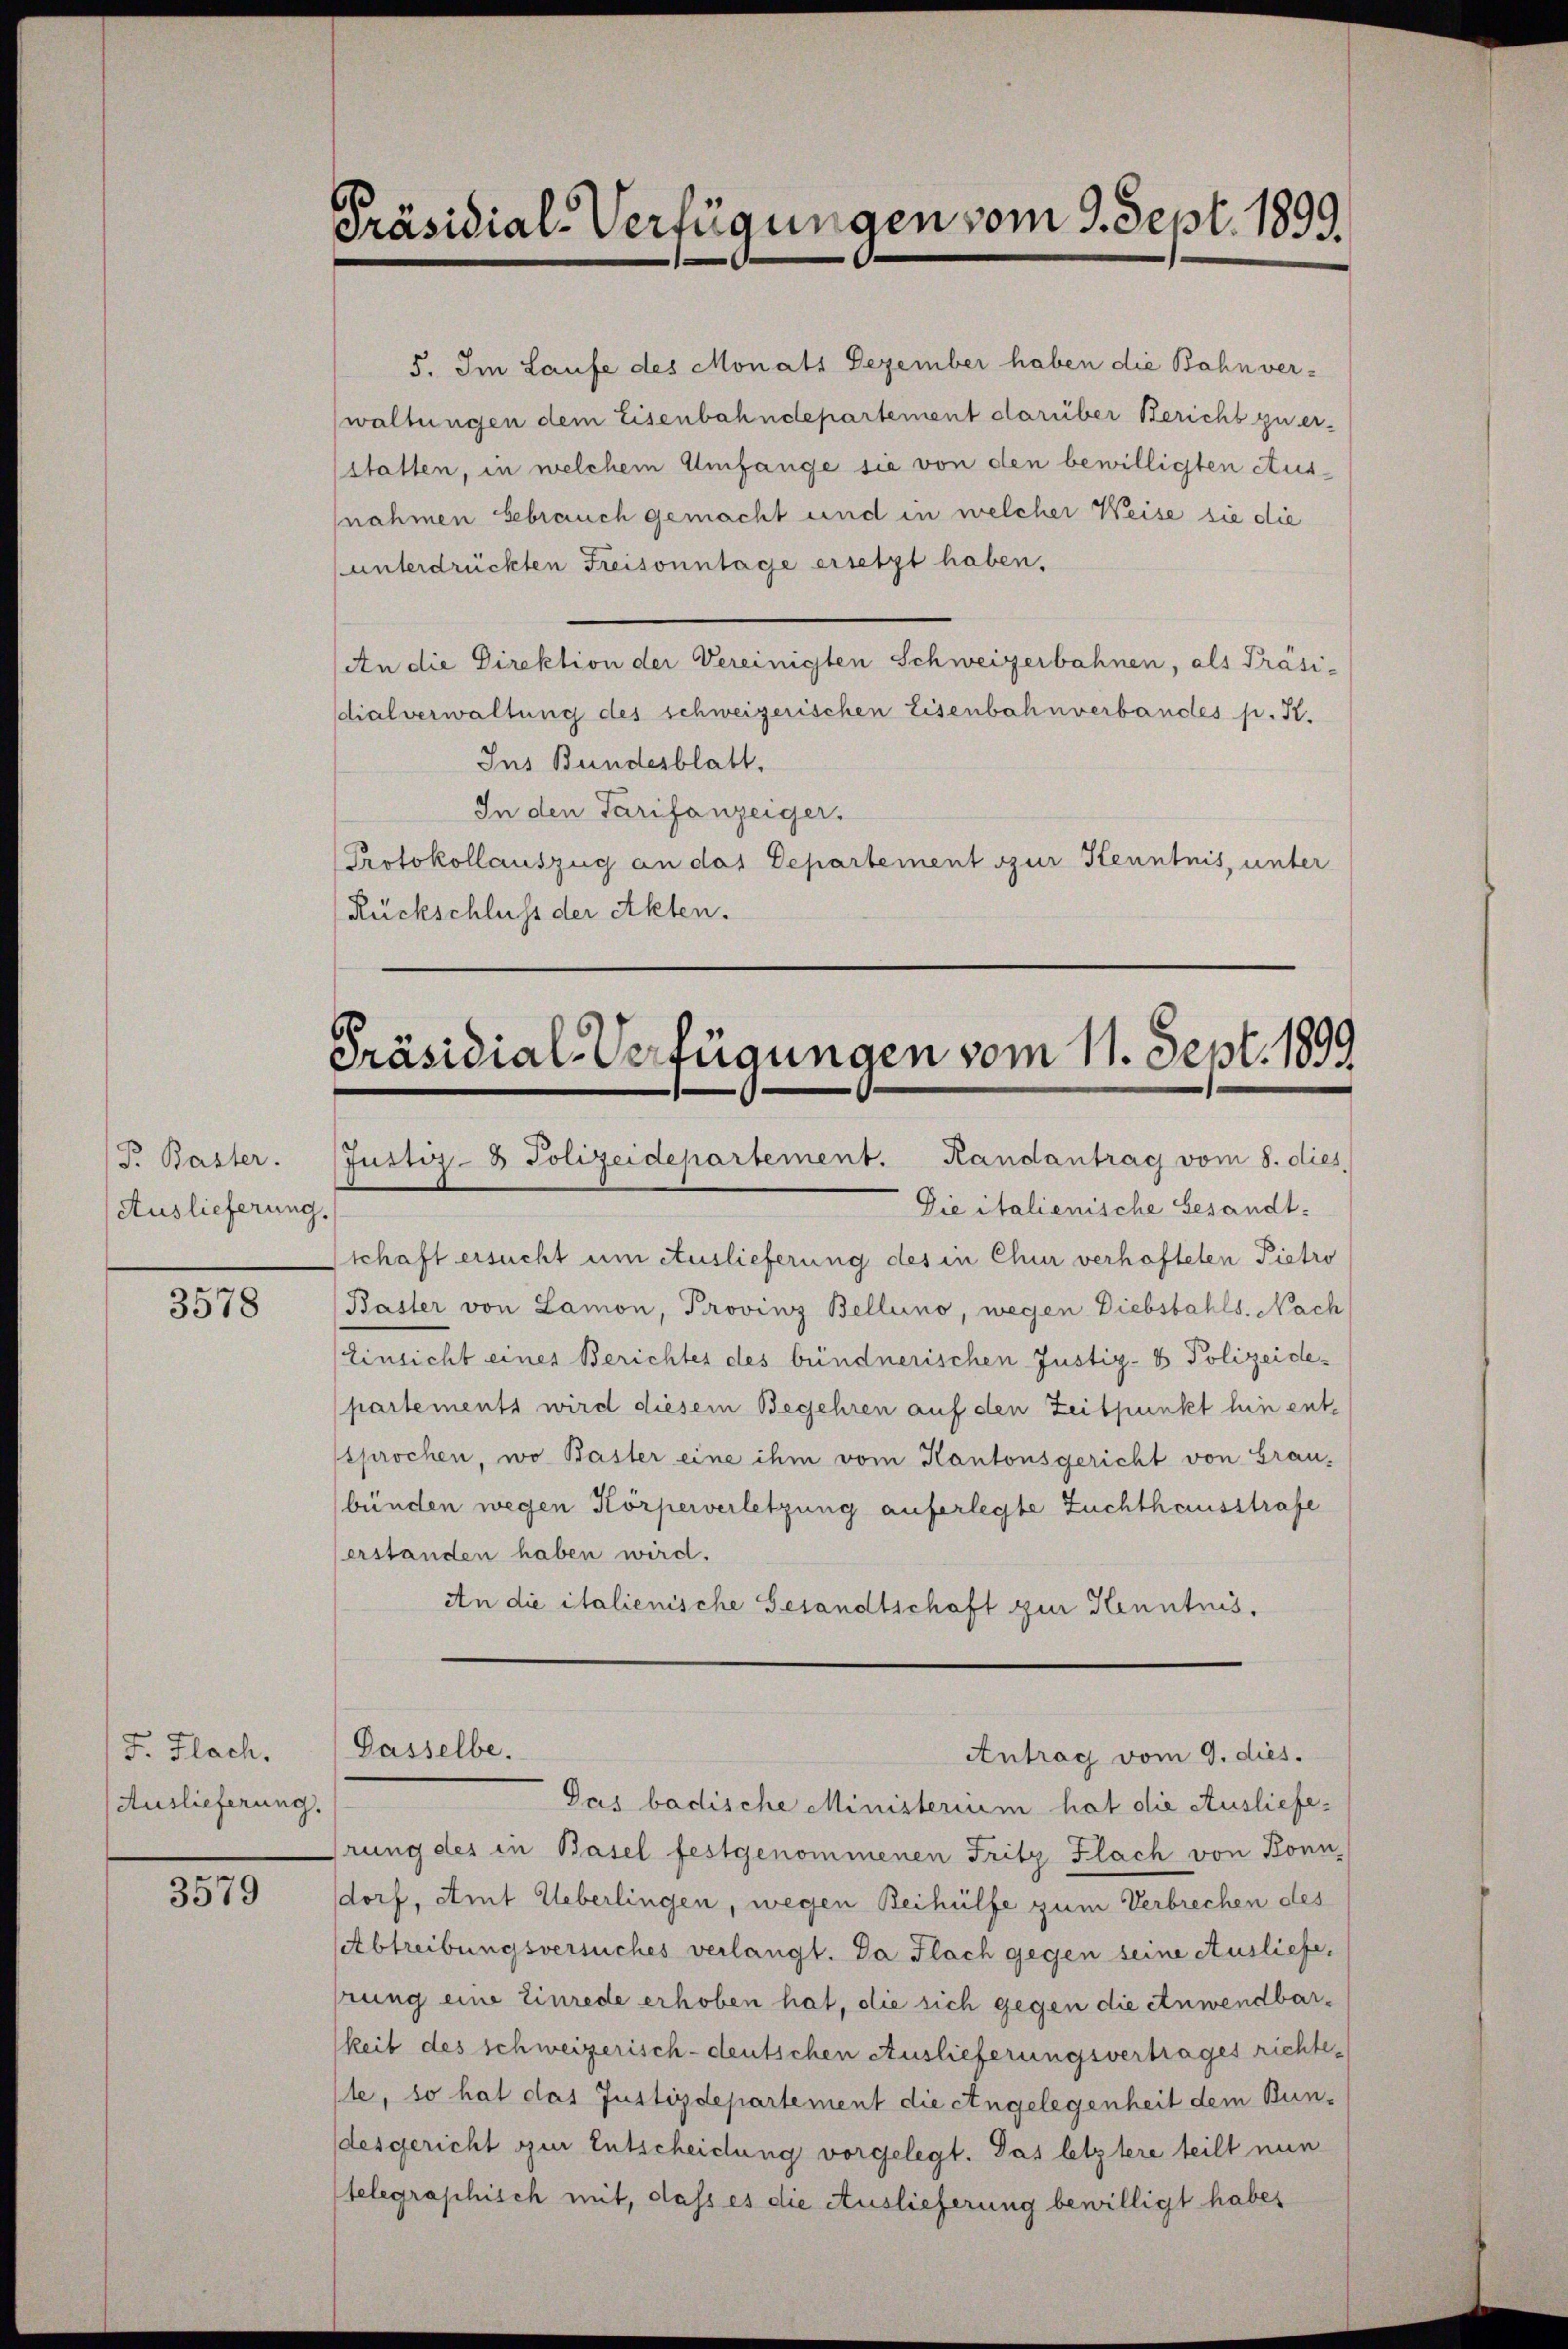
Pr. Baster.
Auslieferung

3578

F. Flach.
Auslieferung.

3579

Präsidial-Verfügungen vom 9. Sept. 1899.

Präsidial-Verfügungen vom 11. Sept. 1899

5. Im Laufe des Monats Dezember haben die Bahn ver-
waltungen dem Eisenbahndepartement darüber Bericht zu er-
(statten, in welchem Umfange sie von den bewilligten Ausnahmen gebrauch gemacht und in welcher Weise sie die
unterdrückten Freisonntage ersetzt haben.
An die Direktion der Vereinigten Schweizerbahnen, als Präsi-
dialverwaltung des schweizerischen Eisenbahnverbandes p. K.
Ins Bundesblatt.
In den Tarifanzeiger.
Protokollauszug an das Departement zur Kenntnis, unter
Rückschluss der Akten.

Justiz- & Polizeidepartement. Randantrag vom 8. dies
Die italienische Gesandt-
schaft ersucht um Auslieferung des in Chur verhafteten Pietro
Baster von Lamon, Provinz Bellino, wegen Diebstahls. Nach
Einsicht eines Berichtes des bündnerischen Justiz- & Polizeidepartements wird diesem Begehren auf den Zeitpunkt hin entsprochen, wo Basler eine ihm vom Kantonsgericht von Grau-
bünden wegen Körperverletzung auferlegte Zuchthausstrafe
erstanden haben wird.
An die italienische Gesandtschaft zur Kenntnis,
Gasselbe.
Antrag vom 9. dies.
Das badische Ministerium hat die Auslieferung des in Basel festgenommenen Fritz Flach von Bonn,
dorf, Amt Ueberlingen, wegen Beihülfe zum Verbrechen des
etbtreibungsversuches verlangt. Da Flach gegen seine Ausliefe,
hrung eine Einrede erhoben hat, die sich gegen die Anwendbarkeit des schweizerisch-deutschen Auslieferungsvertrages richteste, so hat das Justizdepartement die Angelegenheit dem Bun-
desgericht zur Entscheidung vorgelegt. Das letztere teilt nun
telegraphisch mit, dass es die Auslieferung bewilligt habes